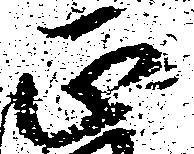
正